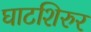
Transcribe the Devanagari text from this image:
घाटशिरुर